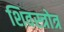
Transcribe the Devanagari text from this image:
शिवस्त्रोत्र